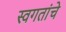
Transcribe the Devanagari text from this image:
स्वगतांचे